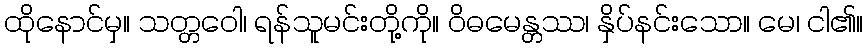
ထိုနောင်မှ။ သတ္တဝေါ၊ ရန်သူမင်းတို့ကို။ ဝိဓမေန္တဿ၊ နှိပ်နင်းသော။ မေ၊ ငါ၏။